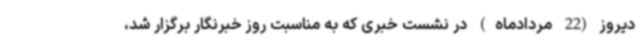
دیروز (22 مردادماه) در نشست خبری که به مناسبت روز خبرنگار برگزار شد،